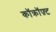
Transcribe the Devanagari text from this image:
कॉक्रॉफ़्ट